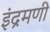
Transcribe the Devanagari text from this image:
इंद्रमणी